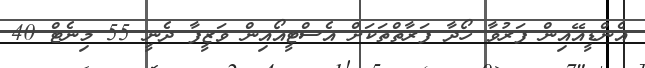
އެންޑީއޭއިން ފަރުވާ ހޯދާ ފަރާތްތަކަށް އެސްޓީއޯއިން ވަޒީފާ ދެނީ 55 މިނެޓް 40